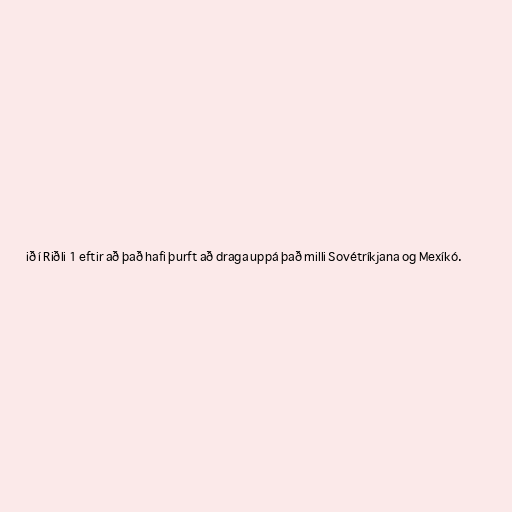
ið í Riðli 1 eftir að það hafi þurft að draga uppá það milli Sovétríkjana og Mexíkó.